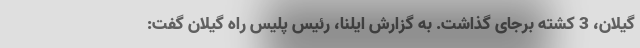
گیلان، 3 کشته برجای گذاشت. به گزارش ایلنا، رئیس پلیس راه گیلان گفت: